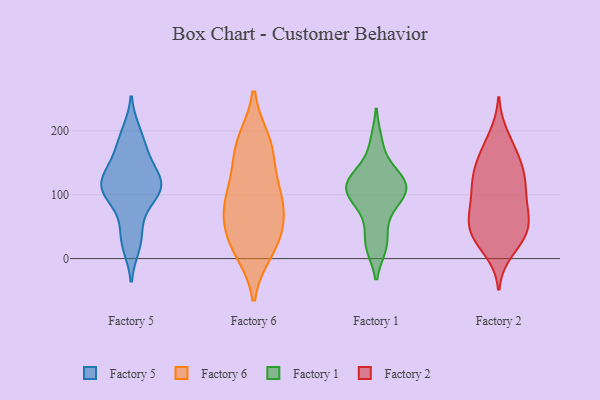
{"axis": {"x": "Population (Million)", "y": "Value"}, "legend": ["Factory 1", "Factory 2", "Factory 5", "Factory 6"], "data": [{"x": "", "y": 199, "type": "Factory 5"}, {"x": "", "y": 155, "type": "Factory 5"}, {"x": "", "y": 172, "type": "Factory 5"}, {"x": "", "y": 86, "type": "Factory 5"}, {"x": "", "y": 121, "type": "Factory 5"}, {"x": "", "y": 43, "type": "Factory 5"}, {"x": "", "y": 19, "type": "Factory 5"}, {"x": "", "y": 122, "type": "Factory 5"}, {"x": "", "y": 123, "type": "Factory 5"}, {"x": "", "y": 106, "type": "Factory 5"}, {"x": "", "y": 105, "type": "Factory 5"}, {"x": "", "y": 29, "type": "Factory 6"}, {"x": "", "y": 88, "type": "Factory 6"}, {"x": "", "y": 13, "type": "Factory 6"}, {"x": "", "y": 92, "type": "Factory 6"}, {"x": "", "y": 19, "type": "Factory 6"}, {"x": "", "y": 183, "type": "Factory 6"}, {"x": "", "y": 67, "type": "Factory 6"}, {"x": "", "y": 50, "type": "Factory 6"}, {"x": "", "y": 127, "type": "Factory 6"}, {"x": "", "y": 171, "type": "Factory 6"}, {"x": "", "y": 95, "type": "Factory 6"}, {"x": "", "y": 176, "type": "Factory 6"}, {"x": "", "y": 182, "type": "Factory 1"}, {"x": "", "y": 110, "type": "Factory 1"}, {"x": "", "y": 105, "type": "Factory 1"}, {"x": "", "y": 20, "type": "Factory 1"}, {"x": "", "y": 103, "type": "Factory 1"}, {"x": "", "y": 23, "type": "Factory 1"}, {"x": "", "y": 94, "type": "Factory 1"}, {"x": "", "y": 65, "type": "Factory 1"}, {"x": "", "y": 132, "type": "Factory 1"}, {"x": "", "y": 118, "type": "Factory 1"}, {"x": "", "y": 129, "type": "Factory 1"}, {"x": "", "y": 86, "type": "Factory 2"}, {"x": "", "y": 33, "type": "Factory 2"}, {"x": "", "y": 155, "type": "Factory 2"}, {"x": "", "y": 191, "type": "Factory 2"}, {"x": "", "y": 53, "type": "Factory 2"}, {"x": "", "y": 70, "type": "Factory 2"}, {"x": "", "y": 77, "type": "Factory 2"}, {"x": "", "y": 37, "type": "Factory 2"}, {"x": "", "y": 159, "type": "Factory 2"}, {"x": "", "y": 13, "type": "Factory 2"}, {"x": "", "y": 43, "type": "Factory 2"}, {"x": "", "y": 115, "type": "Factory 2"}, {"x": "", "y": 51, "type": "Factory 2"}, {"x": "", "y": 31, "type": "Factory 2"}, {"x": "", "y": 116, "type": "Factory 2"}, {"x": "", "y": 126, "type": "Factory 2"}, {"x": "", "y": 129, "type": "Factory 2"}, {"x": "", "y": 175, "type": "Factory 2"}, {"x": "", "y": 130, "type": "Factory 2"}, {"x": "", "y": 83, "type": "Factory 2"}]}